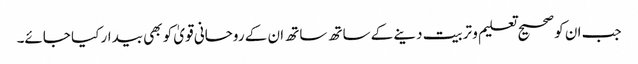
جب ان کو صحیح تعلیم و تربیت دینے کے ساتھ ساتھ ان کے روحانی قویٰ کو بھی بیدار کیا جائے۔